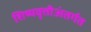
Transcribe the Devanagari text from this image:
शिष्यवृत्तीअंतर्गत